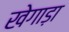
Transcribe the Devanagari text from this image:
खेगाड़ा